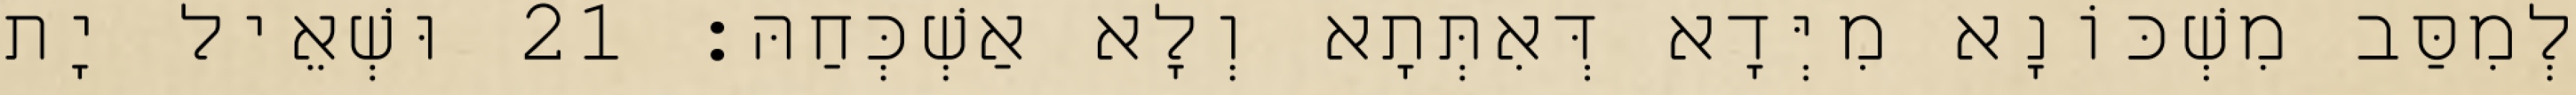
לְמִסַּב מִשְׁכּוֹנָא מִיְּדָא דְּאִתְּתָא וְלָא אַשְׁכְּחַהּ׃ 21 וּשְׁאֵיל יָת